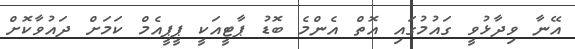
އޭނާ ވިދާޅުވީ ގައުމުގައި އޮތް އެންމެ ބޮޑު ޕާޓީއަކީ ޕީޕީއެމް ކަމަށް ދައުވާކޮށް